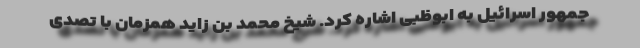
جمهور اسرائیل به ابوظبی اشاره کرد. شیخ محمد بن زاید همزمان با تصدی